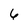
Character: 6